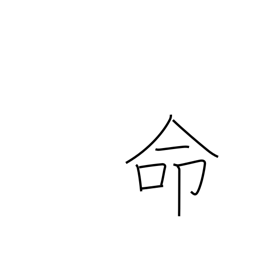
Meaning: appoint